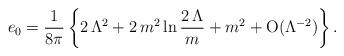
LaTeX: \begin{align*}e_0 = {1\over 8\pi} \left\{2\,\Lambda^2 + 2\,{m^2} \ln {2\,\Lambda\over m} + {m^2} + {\rm O}(\Lambda^{-2})\right\}. \end{align*}